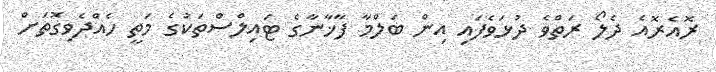
ރޮއެރޮއެ ދެލޯ ރަތްވެ ދުޅަވެފައި އިން ބަލްމާ ފާޚާނާގެ ޓައިލްސްތަކުގެ މަތީ ހެއްދެވިގޮތަށް